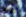
كذلك